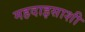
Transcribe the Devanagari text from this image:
महदाइसाशी